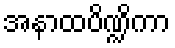
အနာထပိဏ္ဍိကာ